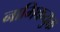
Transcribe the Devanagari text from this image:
नाभिकयुक्त